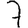
Digit: 7